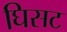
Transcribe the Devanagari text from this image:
घिसट